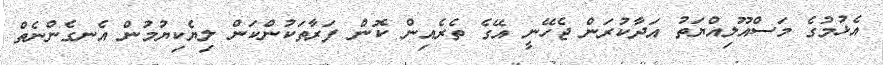
އެޅުމުގެ މަސްއޫލިއްޔަތު އަދާކުރަން ޖެހޭނީ އޭގެ ތެރެއިން ކޮން ފަރާތަކުންކަން ލިޔެކިޔުމުން އެނގެންނެތް